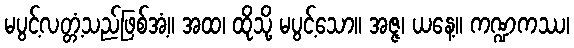
မပွင့်လတ္တံ့သည်ဖြစ်အံ့။ အထ၊ ထိုသို့ မပွင့်သော။ အဇ္ဇ၊ ယနေ့။ ကဏ္ဍကဿ၊